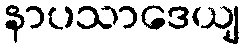
နာပသာဒေယျ